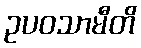
ဥပဝသာမီတိ